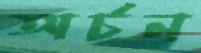
অর্চন